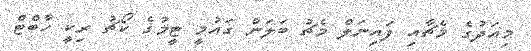
މިއަދުގެ މެޗާއި ފައިނަލް މެޗު ބަލަން ގައުމީ ޓީމުގެ ކޯޗު ރިކީ ހާބްޓް